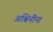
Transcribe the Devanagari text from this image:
अश्विनींना